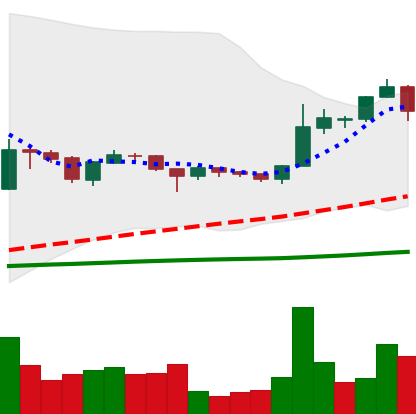
Ticker: BTC-USD
Chart end date: 2015-12-01
Forward return: 7.254%
Label: up_7plus